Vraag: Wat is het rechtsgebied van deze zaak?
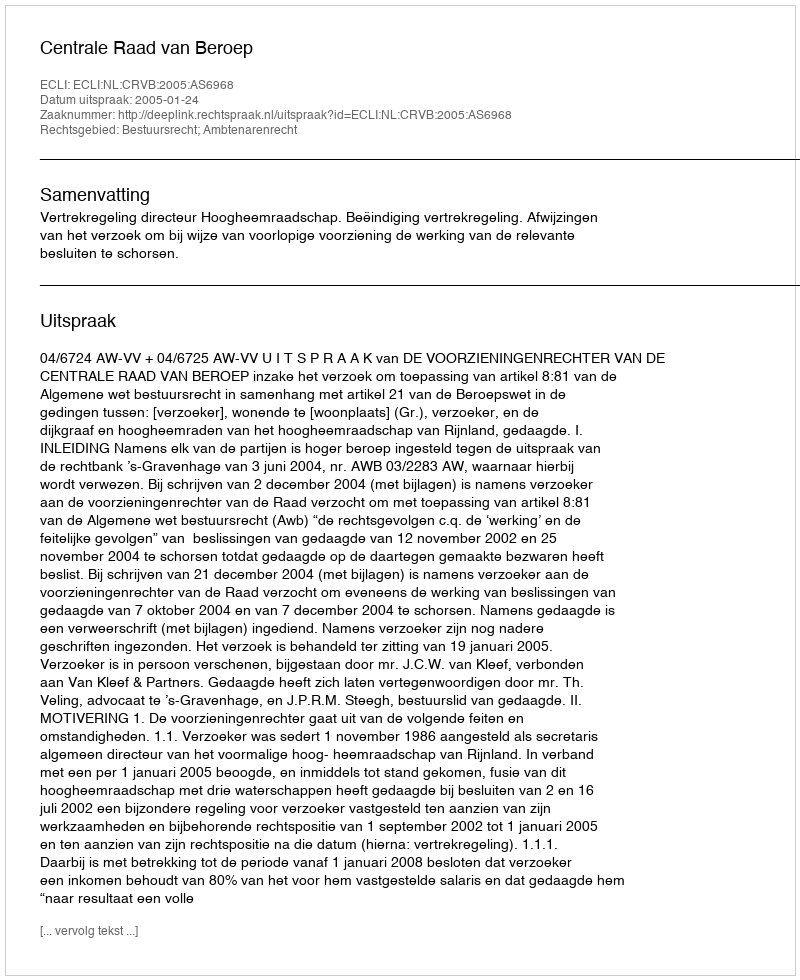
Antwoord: Bestuursrecht; Ambtenarenrecht